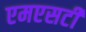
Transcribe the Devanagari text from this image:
एमएसटी